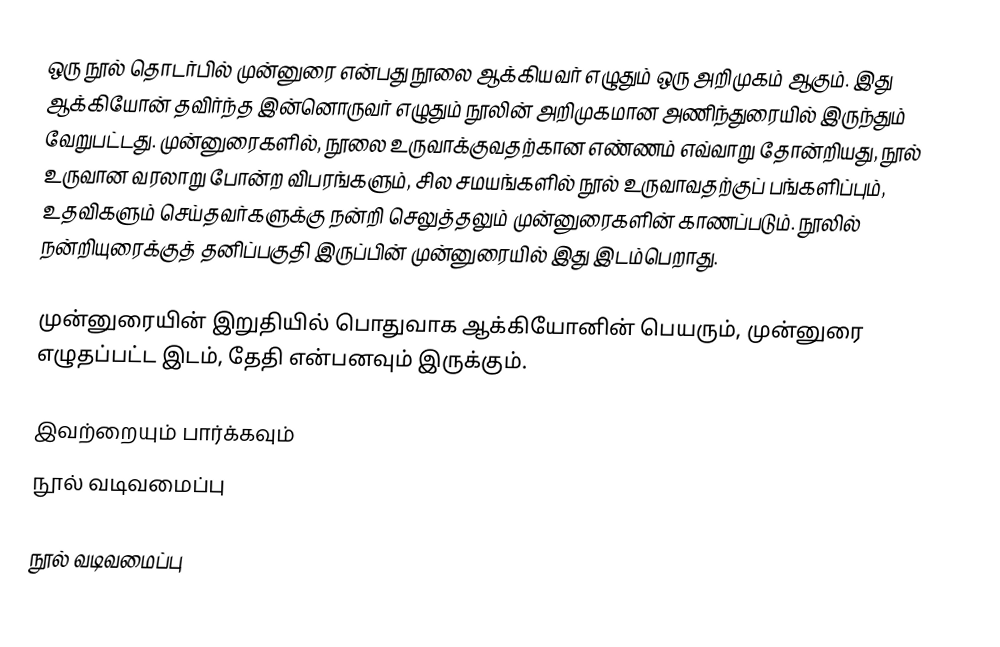
ஒரு நூல் தொடர்பில் முன்னுரை என்பது நூலை ஆக்கியவர் எழுதும் ஒரு அறிமுகம் ஆகும். இது ஆக்கியோன் தவிர்ந்த இன்னொருவர் எழுதும் நூலின் அறிமுகமான அணிந்துரையில் இருந்தும் வேறுபட்டது. முன்னுரைகளில், நூலை உருவாக்குவதற்கான எண்ணம் எவ்வாறு தோன்றியது, நூல் உருவான வரலாறு போன்ற விபரங்களும், சில சமயங்களில் நூல் உருவாவதற்குப் பங்களிப்பும், உதவிகளும் செய்தவர்களுக்கு நன்றி செலுத்தலும் முன்னுரைகளின் காணப்படும். நூலில் நன்றியுரைக்குத் தனிப்பகுதி இருப்பின் முன்னுரையில் இது இடம்பெறாது.

முன்னுரையின் இறுதியில் பொதுவாக ஆக்கியோனின் பெயரும், முன்னுரை எழுதப்பட்ட இடம், தேதி என்பனவும் இருக்கும்.

இவற்றையும் பார்க்கவும்
 நூல் வடிவமைப்பு

நூல் வடிவமைப்பு